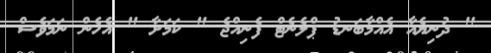
" ދުނިޔެއާ އެއްމާބަނޑު ޕްލެނެޓް ފެނިއްޖެ " ކަމަށާ " އެހެން ނަމަވެސް